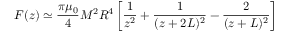
F ( z ) \simeq { \frac { \pi \mu _ { 0 } } { 4 } } M ^ { 2 } R ^ { 4 } \left[ { \frac { 1 } { z ^ { 2 } } } + { \frac { 1 } { ( z + 2 L ) ^ { 2 } } } - { \frac { 2 } { ( z + L ) ^ { 2 } } } \right]